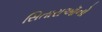
સિતારાઑનો